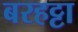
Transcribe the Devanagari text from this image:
बरहट्टा